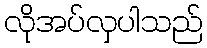
လိုအပ်လှပါသည်